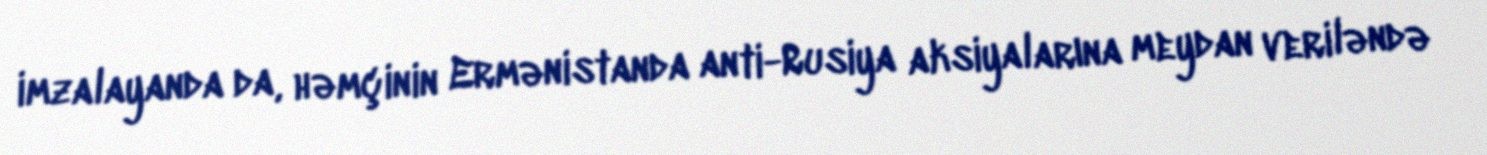
imzalayanda da, həmçinin Ermənistanda anti-Rusiya aksiyalarına meydan veriləndə